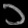
Digit: ၁